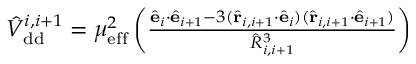
\begin{array} { r } { \hat { V } _ { \mathrm { d d } } ^ { i , i + 1 } = \mu _ { \mathrm { e f f } } ^ { 2 } \left( \frac { \hat { \bf e } _ { i } \cdot \hat { \bf e } _ { i + 1 } - 3 ( \hat { \bf r } _ { i , i + 1 } \cdot \hat { \bf e } _ { i } ) ( \hat { \bf r } _ { i , i + 1 } \cdot \hat { \bf e } _ { i + 1 } ) } { \hat { R } _ { i , i + 1 } ^ { 3 } } \right) } \end{array}